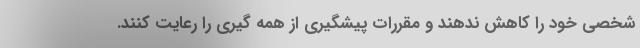
شخصی خود را کاهش ندهند و مقررات پیشگیری از همه گیری را رعایت کنند.